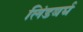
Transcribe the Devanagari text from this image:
लिंडबर्घ